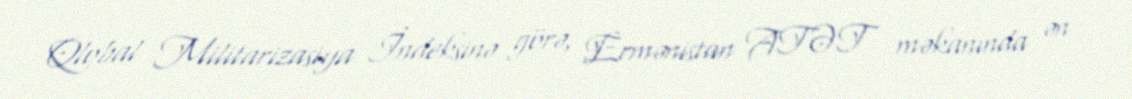
Qlobal Militarizasiya İndeksinə görə, Ermənistan ATƏT məkanında ən